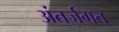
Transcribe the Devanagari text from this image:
अंतर्जगत्‌